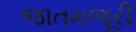
જાતમજૂરી